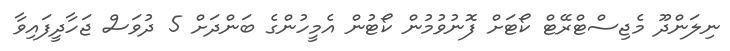
ނިލަންދޫ މެޖިސްޓްރޭޓް ކޯޓަށް ފޮނުވުމުން ކޯޓުން އެމީހުންގެ ބަންދަށް 5 ދުވަސް ޖަހާދީފައިވާ